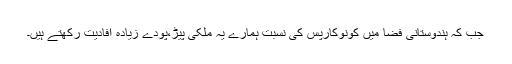
جب کہ ہندوستانی فضا میں کونوکارپس کی نسبت ہمارے یہ ملکی پیڑ،پودے زیادہ افادیت رکھتے ہیں۔